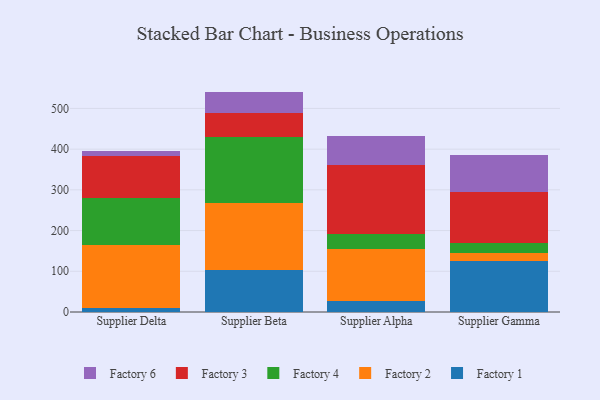
{"axis": {"x": "Supplier", "y": "Conversion Rate (%)"}, "legend": ["Factory 1", "Factory 2", "Factory 3", "Factory 4", "Factory 6"], "data": [{"x": "Supplier Delta", "y": 11.0, "type": "Factory 1"}, {"x": "Supplier Delta", "y": 152.8, "type": "Factory 2"}, {"x": "Supplier Delta", "y": 116.2, "type": "Factory 4"}, {"x": "Supplier Delta", "y": 103.1, "type": "Factory 3"}, {"x": "Supplier Delta", "y": 13.5, "type": "Factory 6"}, {"x": "Supplier Beta", "y": 102.2, "type": "Factory 1"}, {"x": "Supplier Beta", "y": 164.4, "type": "Factory 2"}, {"x": "Supplier Beta", "y": 163.4, "type": "Factory 4"}, {"x": "Supplier Beta", "y": 58.9, "type": "Factory 3"}, {"x": "Supplier Beta", "y": 52.4, "type": "Factory 6"}, {"x": "Supplier Alpha", "y": 27.4, "type": "Factory 1"}, {"x": "Supplier Alpha", "y": 126.9, "type": "Factory 2"}, {"x": "Supplier Alpha", "y": 37.5, "type": "Factory 4"}, {"x": "Supplier Alpha", "y": 168.8, "type": "Factory 3"}, {"x": "Supplier Alpha", "y": 71.0, "type": "Factory 6"}, {"x": "Supplier Gamma", "y": 125.0, "type": "Factory 1"}, {"x": "Supplier Gamma", "y": 20.1, "type": "Factory 2"}, {"x": "Supplier Gamma", "y": 23.9, "type": "Factory 4"}, {"x": "Supplier Gamma", "y": 125.7, "type": "Factory 3"}, {"x": "Supplier Gamma", "y": 91.3, "type": "Factory 6"}]}